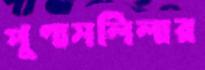
পুণ্যসলিলার